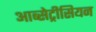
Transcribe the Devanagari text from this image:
आब्सेट्रीसियन